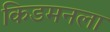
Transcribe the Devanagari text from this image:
किडमनला